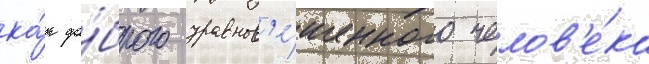
ка́к до́брого уравнов'е́шенного челов'е́ка